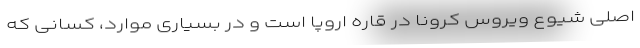
اصلی شیوع ویروس کرونا در قاره اروپا است و در بسیاری موارد، کسانی که